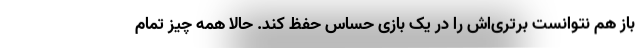
باز هم نتوانست برتری‌اش را در یک بازی حساس حفظ کند. حالا همه چیز تمام